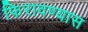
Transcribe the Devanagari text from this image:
फिरावण्यास